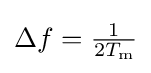
{\textstyle \Delta f={\frac {1}{2T_{\text{m}}}}}